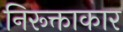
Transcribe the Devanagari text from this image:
निरूक्ताकार